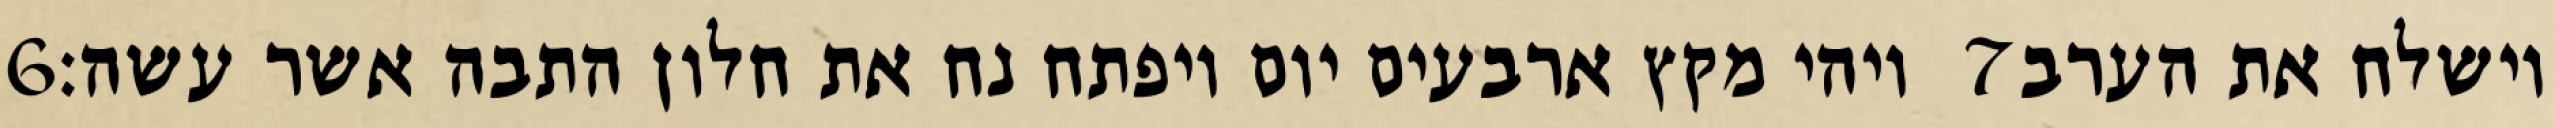
‎6‏ ויהי מקץ ארבעים יום ויפתח נח את חלון התבה אשר עשה׃ ‎7‏ וישלח את הערב